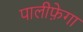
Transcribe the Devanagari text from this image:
पालीफ़ेगा